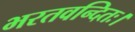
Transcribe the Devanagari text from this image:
भरतवन्दितः।